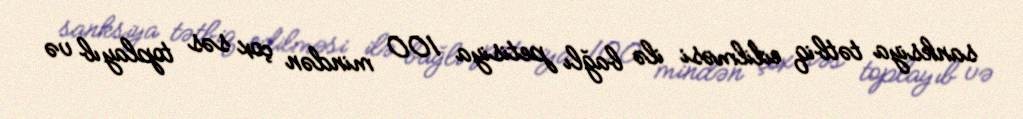
sanksiya tətbiq edilməsi ilə bağlı petisiya 100 mindən çox səs toplayıb və